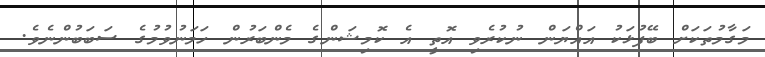
މަގާމުތަކަށް ބޭފުޅަކު އައްޔަން ނުކުރެވި އޮތީ އެ ކޮމިޝަންގެ މެންބަރުން ހަމަނުވުމުގެ ސަބަބުންނެވެ.